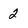
Character: 2